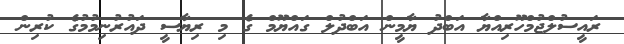
ރައީސުލްޖުމްހޫރިއްޔާ އަބްދު ޔާމީން އަބްދުލް ގައްޔޫމް ގެ މި ރިޔާސީ ދައުރުނިމުމުގެ ކުރިން